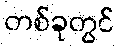
တစ်ခုတွင်